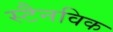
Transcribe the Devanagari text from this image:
स्टैनविक